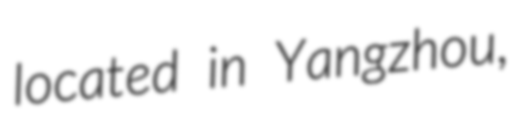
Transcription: located in Yangzhou,